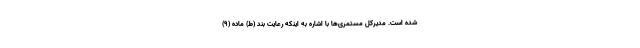
شده است. مدیرکل مستمری‌ها با اشاره به اینکه رعایت بند (ط) ماده (9)